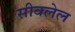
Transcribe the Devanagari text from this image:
सीवलेल